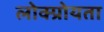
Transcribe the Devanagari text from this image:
लोक्प्रोयता